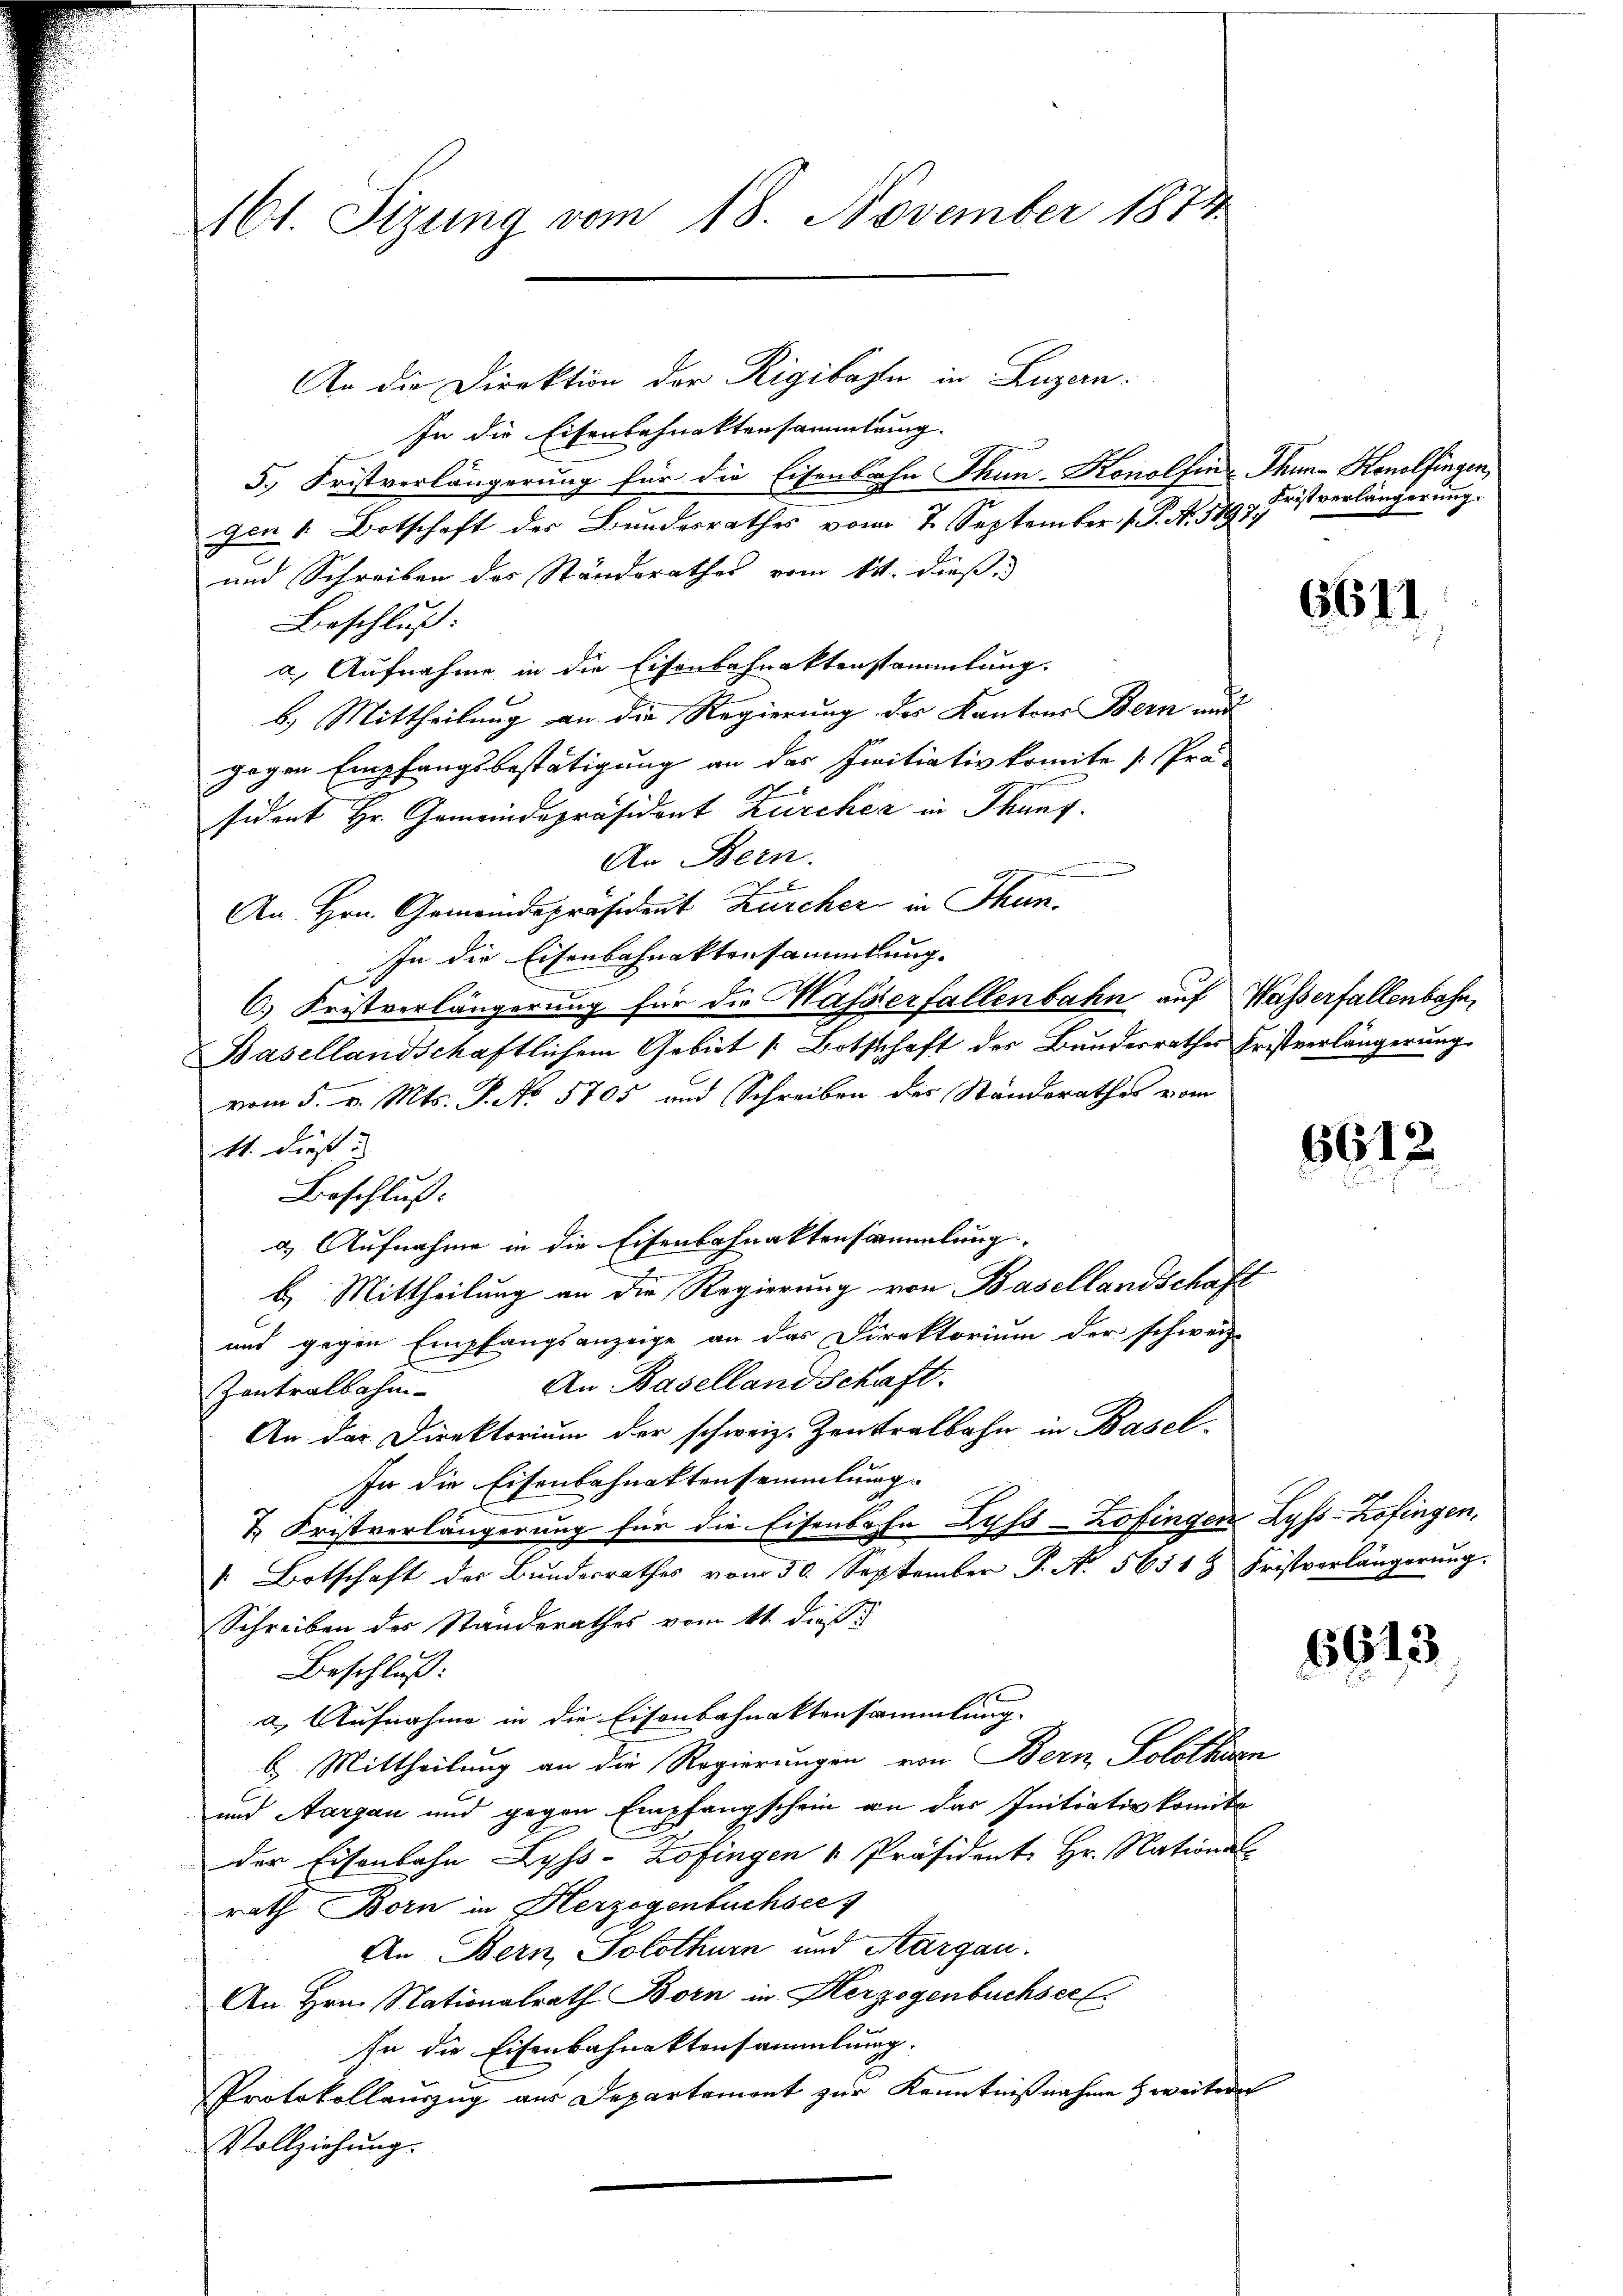
161. Sizung vom 18. November 1874

An die Direktion der Rigibasli in Luzern.
In die Eisenbahnaktensammlung.
5.) Fristverlängerung für die Eisenbahn Than-Konolfin- Thun- Konolfingen,
Jen 1. Botschaft der Bundesrathes vom 7. September v. J. A. 1798.
und Schreiben des Standsrathes vom 11. dieß
Beschluß:
a.) Aufnahme in die Eisenbahnaktenstammlung.
b.) Mittheilung an die Regierung der Kantons Bern mit
gegen Empfangsbestätigung an der Freitiativkomite Prä-
sident Hr. Gemeindepräsident Zürcher in Thung.
An Bern.
x
An Hrn. Gemeindepräsident Zürcher in Thun.
In die Eisenbahnaktensammlung.
C.) Fristverlängerung für die Masserfallenbahn auf Wasserfallenbahn,
Basellandschaftlichem Gebiet [Botschaft des Bundesrathes Fristverlängerung
vom 5. v. Mts. P. No 5705 und Schreiben des Standerathes vom
11. dieß
Beschluß:
a) Aufnahme in die Eisenbahnaktensammlung.
c
b. Mittheilung an die Regierung von Basellandschaft
und gegen Empfangsanzeige an das Direktorium der schweiz.
An Basellandschaft.
Zentralbahn-
An das Direktorium der schweiz. Zentralbahn in Basel-
In die Eisenbahnaktensammlung
& Fristverlängerung für die Eisenbahn Zuss-Zofingen Lyss-Zofingen,
 Botschaft der Bundesrathes vom 30. September P. N. 56518 Fristverlängerŭng.
Schreiben des Standerathes vom 11. dieß
Beschluß:
a) Aufnahme in die Eisenbahnaktensammlung.
b. Mittheilung an die Regierungen von Bern, Solothurn
und Aargau und gegen Empfangschein an das Initiativkomite
der Eisenbahn Lyss-Zofingen Präsident Hr. Nations
rath Born in Herzogenbuchsee
An Bern, Solothurn und Aargau.
An Hrn. Nationalrath Born in Herzogenbuchseel.
In die Eisenbahnaktensammlung.
Protokollauszug aus Departemont zur Kenntnißnahme zweitere
Vollziehung.

Fristverlängerung.

6611

6612.

6613